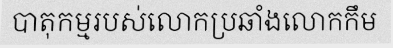
បាតុកម្មរបស់លោកប្រឆាំងលោកកឹម